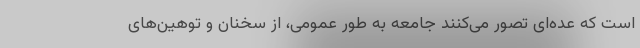
است که عده‌ای تصور می‌کنند جامعه به طور عمومی، از سخنان و توهین‌های